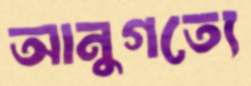
আনুগত্যে